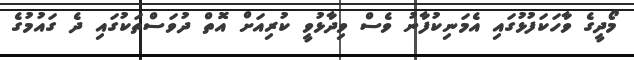
މޯދީގެ ވާހަކަފުޅުގައި އެމަނިކުފާނު ވެސް ވިދާޅުވީ ކުރިއަށް އޮތް ދުވަސްތަކުގައި ދެ ގައުމުގެ